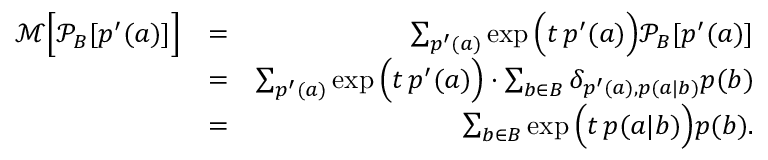
\begin{array} { r l r } { \mathcal { M } \Big [ \mathcal { P } _ { B } [ p ^ { \prime } ( a ) ] \Big ] } & { = } & { \sum _ { p ^ { \prime } ( a ) } \exp \Big ( t \, p ^ { \prime } ( a ) \Big ) \mathcal { P } _ { B } [ p ^ { \prime } ( a ) ] } \\ & { = } & { \sum _ { p ^ { \prime } ( a ) } \exp \Big ( t \, p ^ { \prime } ( a ) \Big ) \cdot \sum _ { b \in B } \delta _ { p ^ { \prime } ( a ) , p ( a | b ) } p ( b ) } \\ & { = } & { \sum _ { b \in B } \exp \Big ( t \, p ( a | b ) \Big ) p ( b ) . } \end{array}